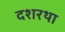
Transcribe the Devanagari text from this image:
दशरथा